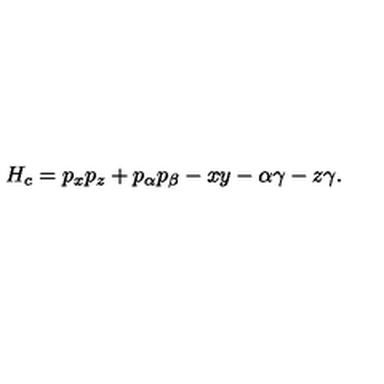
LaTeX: H _ { c } = p _ { x } p _ { z } + p _ { \alpha } p _ { \beta } - x y - \alpha \gamma - z \gamma .